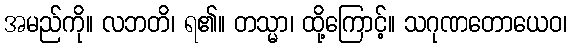
အမည်ကို။ လဘတိ၊ ရ၏။ တသ္မာ၊ ထို့ကြောင့်။ သဂုဏတောယေဝ၊